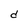
Character: d